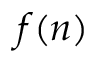
f ( n )